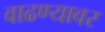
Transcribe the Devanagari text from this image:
वाढण्यावर